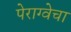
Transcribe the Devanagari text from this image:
पेराग्वेचा